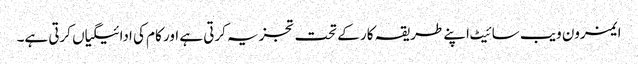
ایمزون ویب سائیٹ اپنے طریقہ کار کے تحت تجزیہ کرتی ہے اور کام کی ادائیگیاں کرتی ہے۔